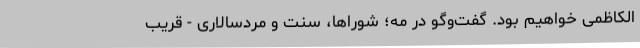
الکاظمی خواهیم بود. گفت‌و‌گو در مه؛ شوراها، سنت و مردسالاری - قریب